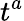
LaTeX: t^{a}